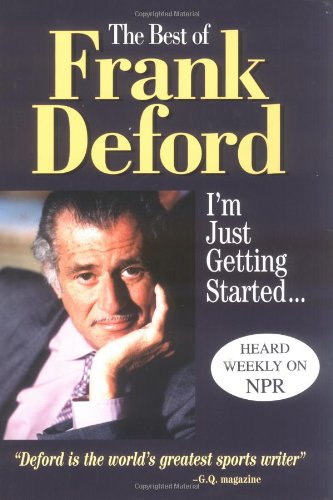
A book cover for The Best Of Frank Deford; Frank Deford; Sports & Outdoors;